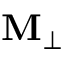
\mathbf { M } _ { \perp }